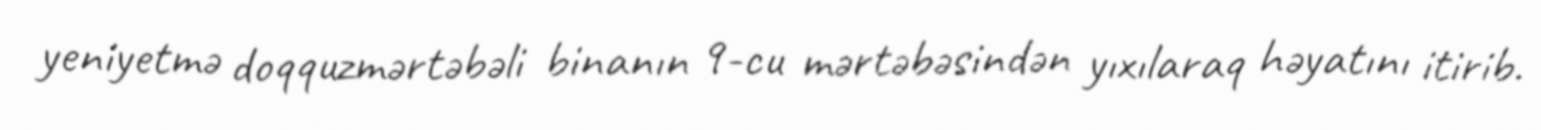
yeniyetmə doqquzmərtəbəli binanın 9-cu mərtəbəsindən yıxılaraq həyatını itirib.